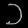
Digit: ၁